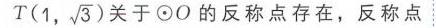
\(T(1,\sqrt{3})\)关于\(\odot O\)的反称点存在，反称点